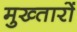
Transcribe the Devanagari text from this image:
मुख्तारों